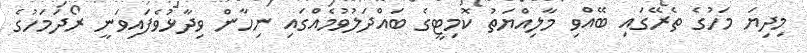
މިދިޔަ މަހުގެ ތެރޭގައި ބޭއްވި މާލިއްޔަތު ކޮމިޓީގެ ބައްދަލުވުމެއްގައި ނިހާން ވިދާޅުވެފައިވަނީ ރޯދަމަހުގެ